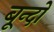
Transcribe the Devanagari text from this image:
बून्दों